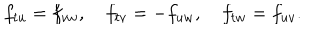
LaTeX: f _ { t u } = f _ { v w } , \quad f _ { t v } = - f _ { u w } , \quad f _ { t w } = f _ { u v } .